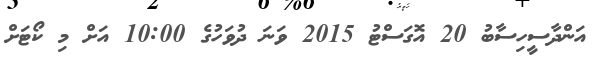
އަންދާސީހިސާބު 20 އޮގަސްޓު 2015 ވަނަ ދުވަހުގެ 10:00 އަށް މި ކޯޓަށް